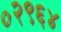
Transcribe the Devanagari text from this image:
०२९६४